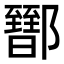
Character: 𨟕